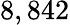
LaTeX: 8,842